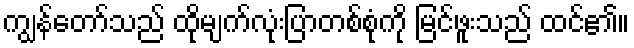
ကျွန်တော်သည် ထိုမျက်လုံးပြာတစ်စုံကို မြင်ဖူးသည် ထင်၏။